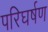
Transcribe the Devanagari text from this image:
परिघर्षण